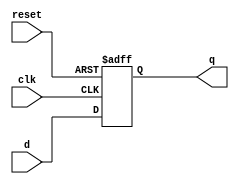
module edge_sensitive_flip_flop (
    input wire clk,          // Clock signal
    input wire reset,        // Asynchronous reset signal
    input wire d,           // Data input
    output reg q            // Data output
);

// Initial state
initial begin
    q = 1'b0; // Initialize output to 0
end

// Behavioral block sensitive to the negative edge of the clock
always @(negedge clk or posedge reset) begin
    if (reset) begin
        q <= 1'b0; // Reset output to 0 on reset signal
    end else begin
        q <= d;    // Store the input data on falling edge of clock
    end
end

endmodule